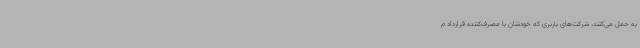
به حمل می‌کنند، شرکت‌های باربری که خودشان با مصرف‌کننده قرارداد م